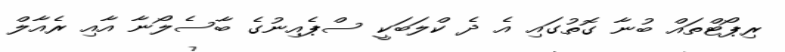
ރިޕޯޓްތައް ބުނާ ގޮތުގައި އެ ދެ ކްލަބަކީ ސްޕެއިނުގެ ބާސެލޯނާ އާއި ރެއާލް